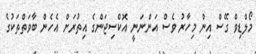
މޯލްޑިވް ގޭސް އިން މިހާރު ވެސް އަންނަނީ އޮކްސިޖަންގެ އިތުރަށް އެހެން ބާވަތްތަކުގެ